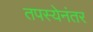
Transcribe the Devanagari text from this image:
तपस्येनंतर